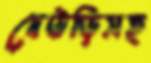
দেউড়িসহ